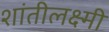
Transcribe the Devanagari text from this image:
शांतीलक्ष्मी